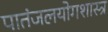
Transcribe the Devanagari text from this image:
पातंजलयोगशास्त्र